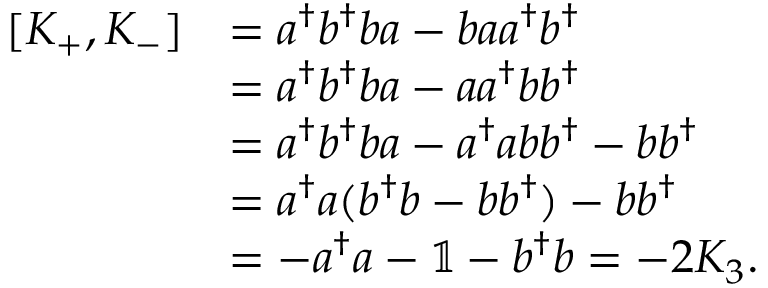
\begin{array} { r l } { [ K _ { + } , K _ { - } ] } & { = a ^ { \dagger } b ^ { \dagger } b a - b a a ^ { \dagger } b ^ { \dagger } } \\ & { = a ^ { \dagger } b ^ { \dagger } b a - a a ^ { \dagger } b b ^ { \dagger } } \\ & { = a ^ { \dagger } b ^ { \dagger } b a - a ^ { \dagger } a b b ^ { \dagger } - b b ^ { \dagger } } \\ & { = a ^ { \dagger } a ( b ^ { \dagger } b - b b ^ { \dagger } ) - b b ^ { \dagger } } \\ & { = - a ^ { \dagger } a - \mathbb { 1 } - b ^ { \dagger } b = - 2 K _ { 3 } . } \end{array}